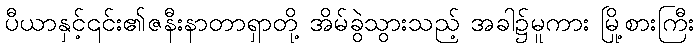
ပီယာနှင့်၎င်း၏ဇနီးနာတာရှာတို့ အိမ်ခွဲသွားသည့် အခါ၌မူကား မြို့စားကြီး